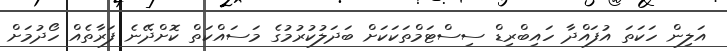
އަލިން ހަކަތަ އުފައްދާ ހައިބްރިޑް ސިސްޓަމްތަކަކަށް ބަދަލުކުރުމުގެ މަސައްކަތް ކޮށްދޭނެ ފަރާތެއް ހޯދުމަށް